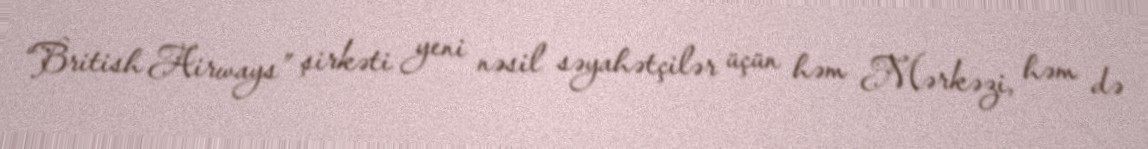
“British Airways” şirkəti yeni nəsil səyahətçilər üçün həm Mərkəzi, həm də